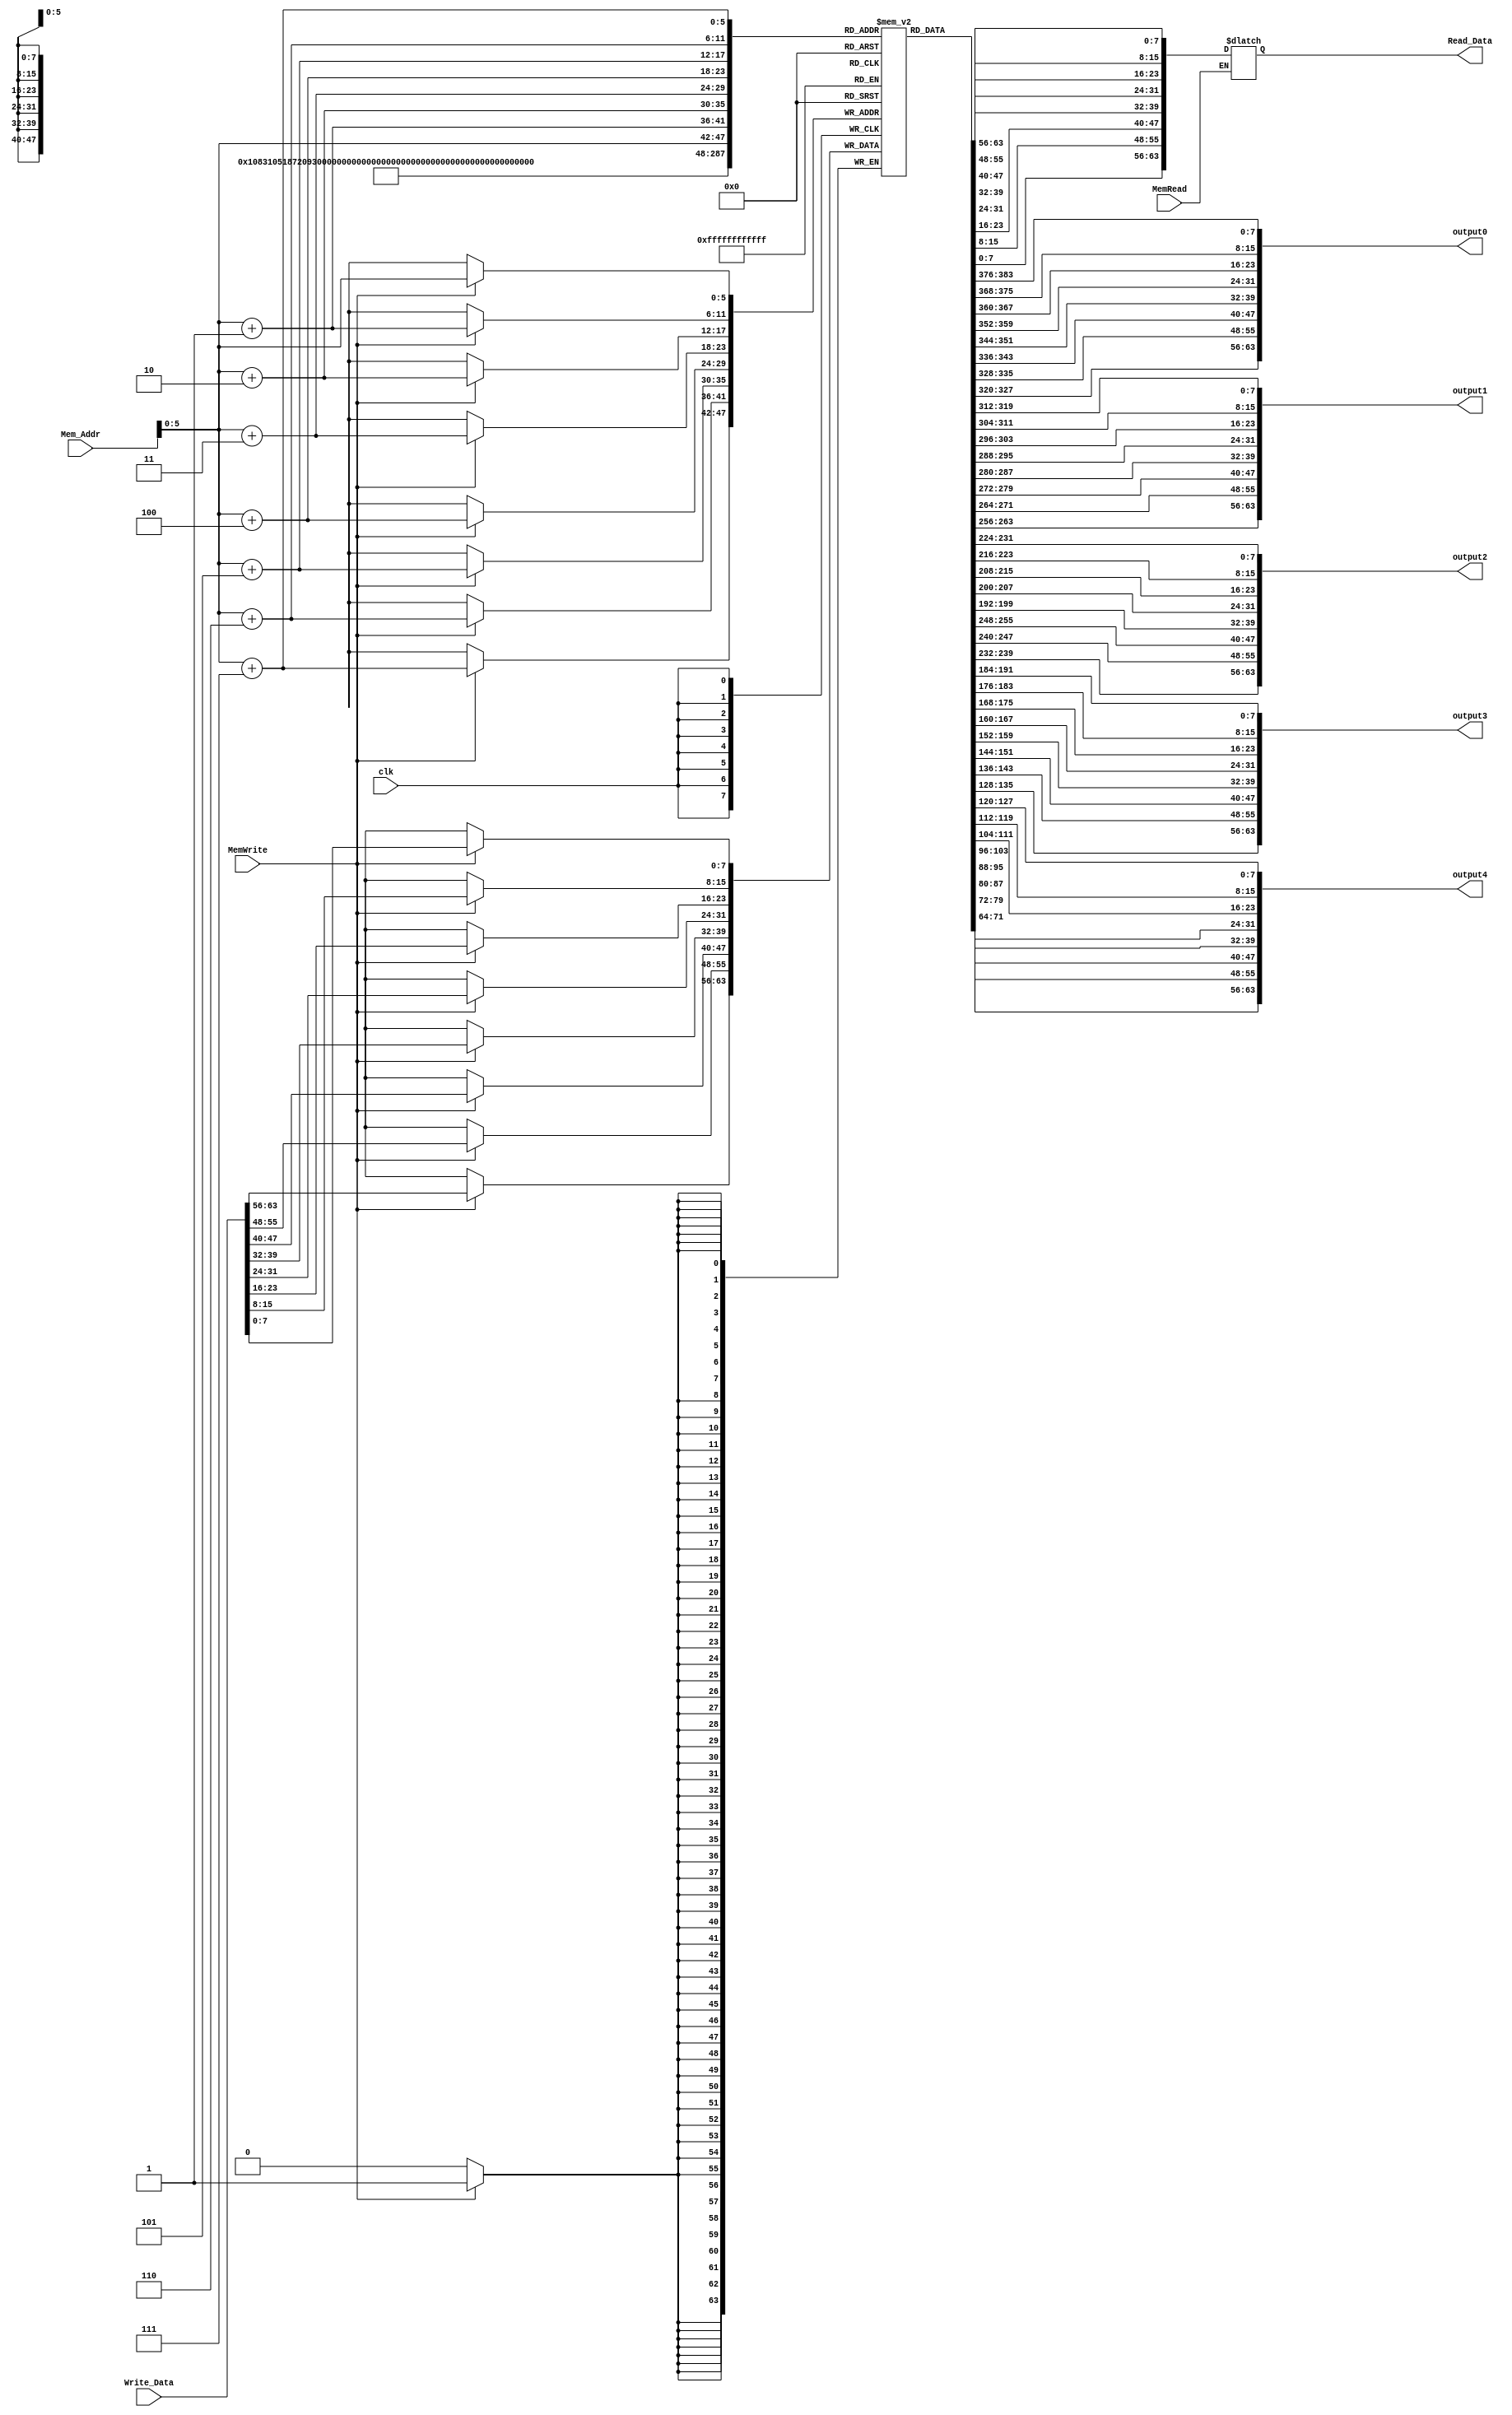
`timescale 1ns / 1ps
//////////////////////////////////////////////////////////////////////////////////
// Company: 
// Engineer: 
// 
// Design Name: 
// Module Name: Data_Memory
// Project Name: 
// Target Devices: 
// Tool Versions: 
// Description: 
// 
// Dependencies: 
// 
// Revision:
// Revision 0.01 - File Created
// Additional Comments:
// 
//////////////////////////////////////////////////////////////////////////////////


module Data_Memory(
    input clk,
    input MemWrite,
    input MemRead,
    input [63:0] Mem_Addr,
    input [63:0] Write_Data,
    output reg [63:0] Read_Data,
	output [63:0] output0,
    output [63:0] output1,
    output [63:0] output2,
    output [63:0] output3,
    output [63:0] output4
    );

    reg [7:0] DataMemory [63:0];
	integer i;
  initial
    begin
      for (i=0; i<64; i=i+1)
        begin
          DataMemory[i] = 0;
    
        end
      DataMemory[0] = 8'd3;
      DataMemory[8] = 8'd2;
      DataMemory[16] = 8'd4;
      DataMemory[24] = 8'd1;
      DataMemory[32] = 8'd0;
    end
	
  assign output0 = {DataMemory[7],DataMemory[6],DataMemory[5],DataMemory[4],DataMemory[3],DataMemory[2],DataMemory[1],DataMemory[0]};
  assign output1 = {DataMemory[15],DataMemory[14],DataMemory[13],DataMemory[12],DataMemory[11],DataMemory[10],DataMemory[9],DataMemory[8]};
  assign output2 = {DataMemory[23],DataMemory[22],DataMemory[21],DataMemory[20],DataMemory[19],DataMemory[18],DataMemory[17],DataMemory[16]};
  assign output3 = {DataMemory[31],DataMemory[30],DataMemory[29],DataMemory[28],DataMemory[27],DataMemory[26],DataMemory[25],DataMemory[24]};
  assign output4 = {DataMemory[39],DataMemory[38],DataMemory[37],DataMemory[36],DataMemory[35],DataMemory[34],DataMemory[33],DataMemory[32]};
  
	
	always @ (*)
	begin
		if (MemRead)
			Read_Data = {DataMemory[Mem_Addr+7],DataMemory[Mem_Addr+6],DataMemory[Mem_Addr+5],DataMemory[Mem_Addr+4],DataMemory[Mem_Addr+3],DataMemory[Mem_Addr+2],DataMemory[Mem_Addr+1],DataMemory[Mem_Addr]};
	end
	
	always @ (posedge clk)
	begin
		if (MemWrite)
		begin
			DataMemory[Mem_Addr] = Write_Data[7:0];
			DataMemory[Mem_Addr+1] = Write_Data[15:8];
			DataMemory[Mem_Addr+2] = Write_Data[23:16];
			DataMemory[Mem_Addr+3] = Write_Data[31:24];
			DataMemory[Mem_Addr+4] = Write_Data[39:32];
			DataMemory[Mem_Addr+5] = Write_Data[47:40];
			DataMemory[Mem_Addr+6] = Write_Data[55:48];
			DataMemory[Mem_Addr+7] = Write_Data[63:56];
		end
	end
endmodule